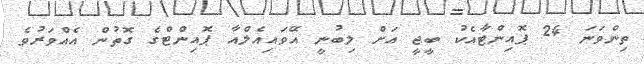
ތިންވަނަ 24 ޕޮއިންޓާއެކު ބީޖީ އަށް ލިބުނީ އޭވައިއެލްއާ ޕޮއިންޓްގެ ގޮތުން އެއްވަރުވެ